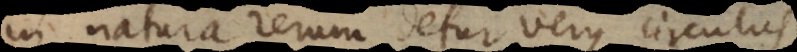
in natura rerum detur verus circulus,